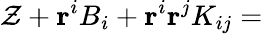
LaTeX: \mathcal{Z}+\mathbf{{r}}^{i}B_{i}+\mathbf{{r}}^{i}\mathbf{{r}}^{j}K_{ij}=